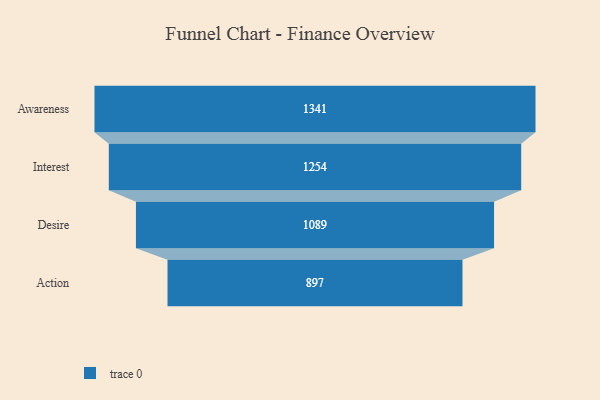
{"axis": {"x": "Stage", "y": "Value"}, "legend": [""], "data": [{"x": "Awareness", "y": 1341.0, "type": ""}, {"x": "Interest", "y": 1254.0, "type": ""}, {"x": "Desire", "y": 1089.0, "type": ""}, {"x": "Action", "y": 897.0, "type": ""}]}